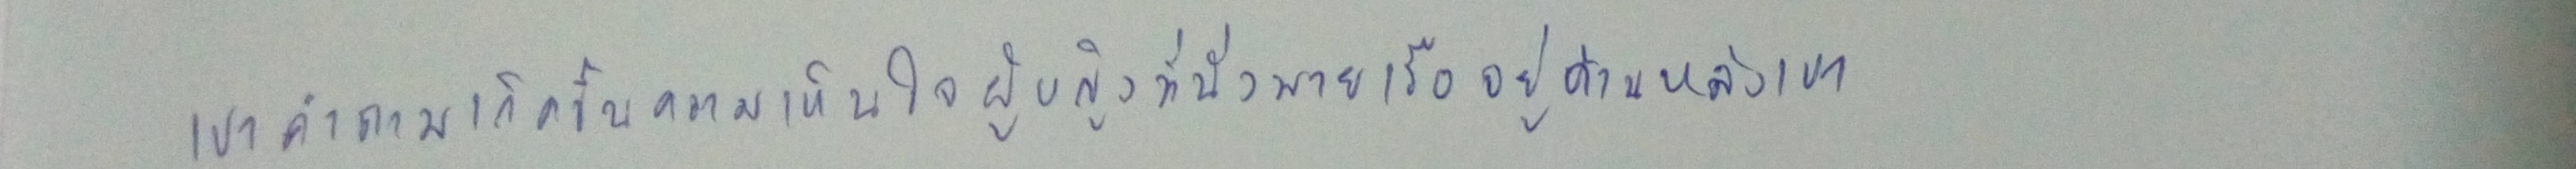
เขาคำถามเกิดขึ้นความเห็นใจผู้หญิงที่นั่งพายเรืออยู่ที่ด้านหลังเขา